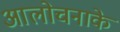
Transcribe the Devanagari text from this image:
आलोचनाके